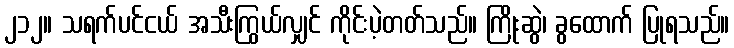
၂၁၂။ သရက်ပင်ငယ် အသီးကြွယ်လျှင် ကိုင်းပဲ့တတ်သည်။ ကြိုးဆွဲ၊ ခွထောက် ပြုရသည်။